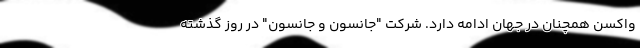
واکسن همچنان در جهان ادامه دارد. شرکت "جانسون و جانسون" در روز گذشته